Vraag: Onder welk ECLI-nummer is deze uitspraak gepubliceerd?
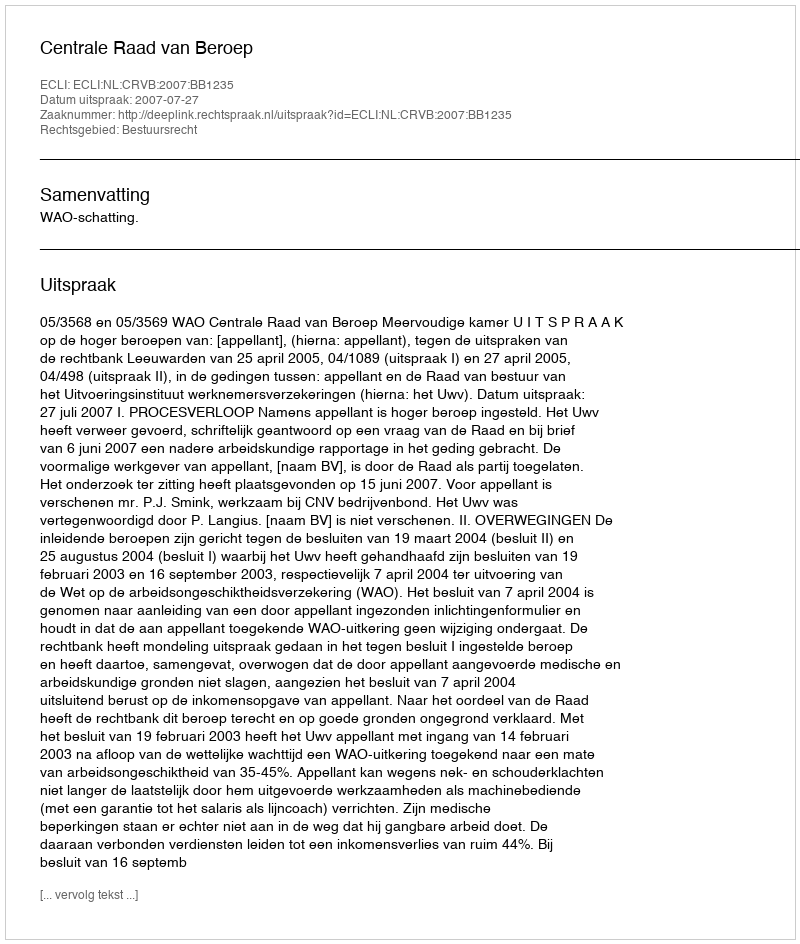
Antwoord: ECLI:NL:CRVB:2007:BB1235